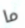
ما